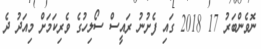
ނޮވެންބަރު 17 2018 ގައި ފެށުނު ރައީސް ސޯލިހުގެ ވެރިކަމަށް މިއަދު ދެ